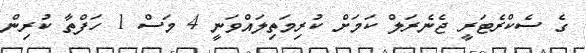
ގެ ސެކްރެޓަރީ ޖެނެރަލް ކަމަށް ކުރިމަތިލައްވަނީ 4 މަސް 1 ހަފްތާ ކުރިން